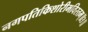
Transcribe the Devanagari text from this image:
नगपतिकिशोरीमविरतम्॥३॥